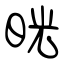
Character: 晄